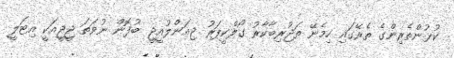
ކުޅުންތެރިންގެ ތެރޭގައި ހިމެނޭ ތަޖުރިބާކާރު ގޯލްކީޕަރު ޖިއަންލުއީޖީ ބުފޮން ނުވަތަ ޖީޖީއަކީ އިޓަލީ